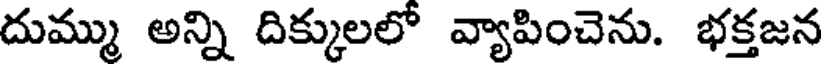
దుమ్ము అన్ని దిక్కులలో వ్యాపించెను. భక్తజన